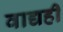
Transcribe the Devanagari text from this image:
वाद्यही